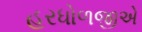
હરધોળજીએ